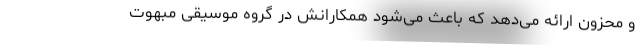
و محزون ارائه می‌دهد که باعث می‌شود همکارانش در گروه موسیقی مبهوت